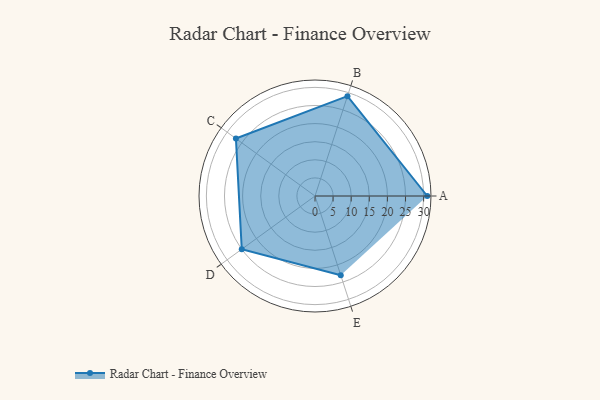
{"axis": {"x": "Skill", "y": "Score"}, "legend": ["Profile"], "data": [{"x": "A", "y": 31.0, "type": "Profile"}, {"x": "B", "y": 29.0, "type": "Profile"}, {"x": "C", "y": 27.0, "type": "Profile"}, {"x": "D", "y": 25.0, "type": "Profile"}, {"x": "E", "y": 23.0, "type": "Profile"}]}